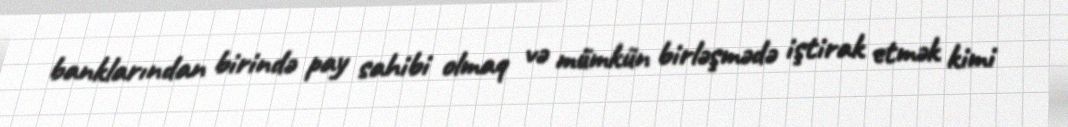
banklarından birində pay sahibi olmaq və mümkün birləşmədə iştirak etmək kimi